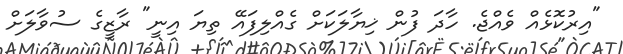
"އިރުކޮޅެއް ވެއްޖެ. ހާދަ ފުން ޚިޔާލަކަށް ގެއްލިފައޭ ތިޔަ އިނީ" ރާޒީގެ ސުވާލަށް